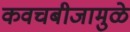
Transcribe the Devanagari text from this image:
कवचबीजामुळे